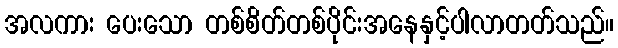
အလကား ပေးသော တစ်စိတ်တစ်ပိုင်းအနေနှင့်ပါလာတတ်သည်။